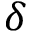
\delta